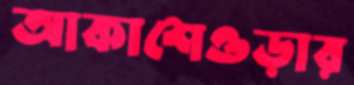
আকাশেওড়ার